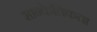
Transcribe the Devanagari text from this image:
सान्केतिकता